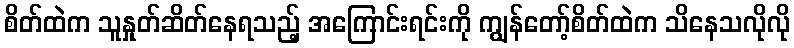
စိတ်ထဲက သူနှုတ်ဆိတ်နေရသည့် အကြောင်းရင်းကို ကျွန်တော့်စိတ်ထဲက သိနေသလိုလို